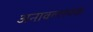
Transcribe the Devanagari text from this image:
अनावल्लयक